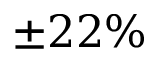
\pm 2 2 \%